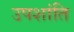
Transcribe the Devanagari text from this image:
उपशांति